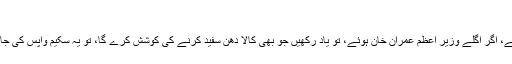
”
اسی طرح اسد عمر صاحب فرمایا کرتے تھے: “ایک معاشی شب خون مارا گیا ہے، اگر اگلے وزیر اعظم عمران خان ہوئے، تو یاد رکھیں جو بھی کالا دھن سفید کرنے کی کوشش کرے گا، تو یہ سکیم واپس کی جائے گی، یہ سکیم ایمان دار لوگوں کے منھ پر بالکل چھانٹا مارنے کے برابر ہے۔